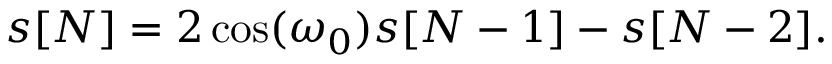
s [ N ] = 2 \cos ( \omega _ { 0 } ) s [ N - 1 ] - s [ N - 2 ] .